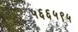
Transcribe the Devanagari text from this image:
५६६५९५